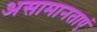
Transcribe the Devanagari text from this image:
असामानताएं